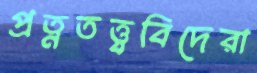
প্রত্নতত্ত্ববিদেরা